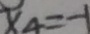
x _ { 4 } = - 1